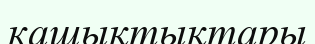
кашықтықтары